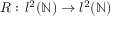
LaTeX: R : \, l ^ { 2 } ( \mathbb { N } ) \to l ^ { 2 } ( \mathbb { N } )